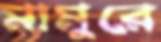
মামুরে